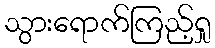
သွားရောက်ကြည့်ရှု